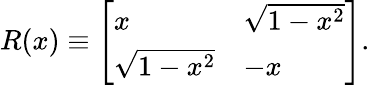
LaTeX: R(x)\equiv\left[\begin{array}{ll}{x}&{\sqrt{1-x^{2}}}\\ {\sqrt{1-x^{2}}}&{-x}\end{array}\right].